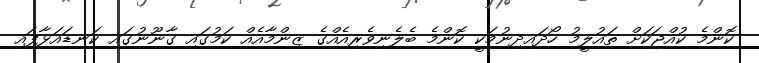
ކޮންމެ ކުއްޖަކަށް ތައުލީމު ހޯދައިދިނުމަކީ ކޮންމެ ބެލެނިވެރިއެއްގެ ޒިންމާއެއް ކަމުގައި ގާނޫނުގައި ކަނޑައަޅާފައި